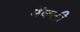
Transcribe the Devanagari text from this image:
मॅक्ली